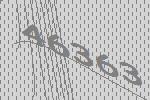
46363